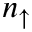
n _ { \uparrow }